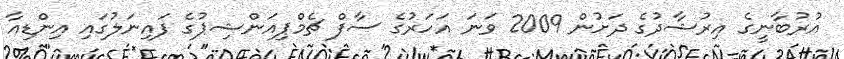
އުރުބާނީގެ އިރުޝާދުގެ ދަށުން 2009 ވަނަ އަހަރުގެ ސާފް ޗެމްޕިއަންޝިޕުގެ ފައިނަލުގައި އިންޑިއާ